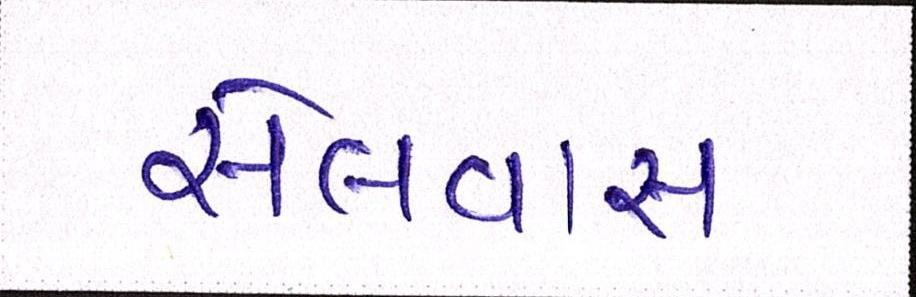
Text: સેલવાસ